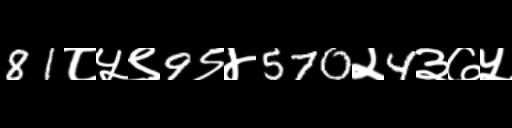
Text: 81८५९9९४570२4३७५